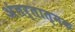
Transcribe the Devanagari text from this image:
अंतर्तात्मक